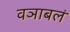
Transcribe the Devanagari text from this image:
वञाबलं